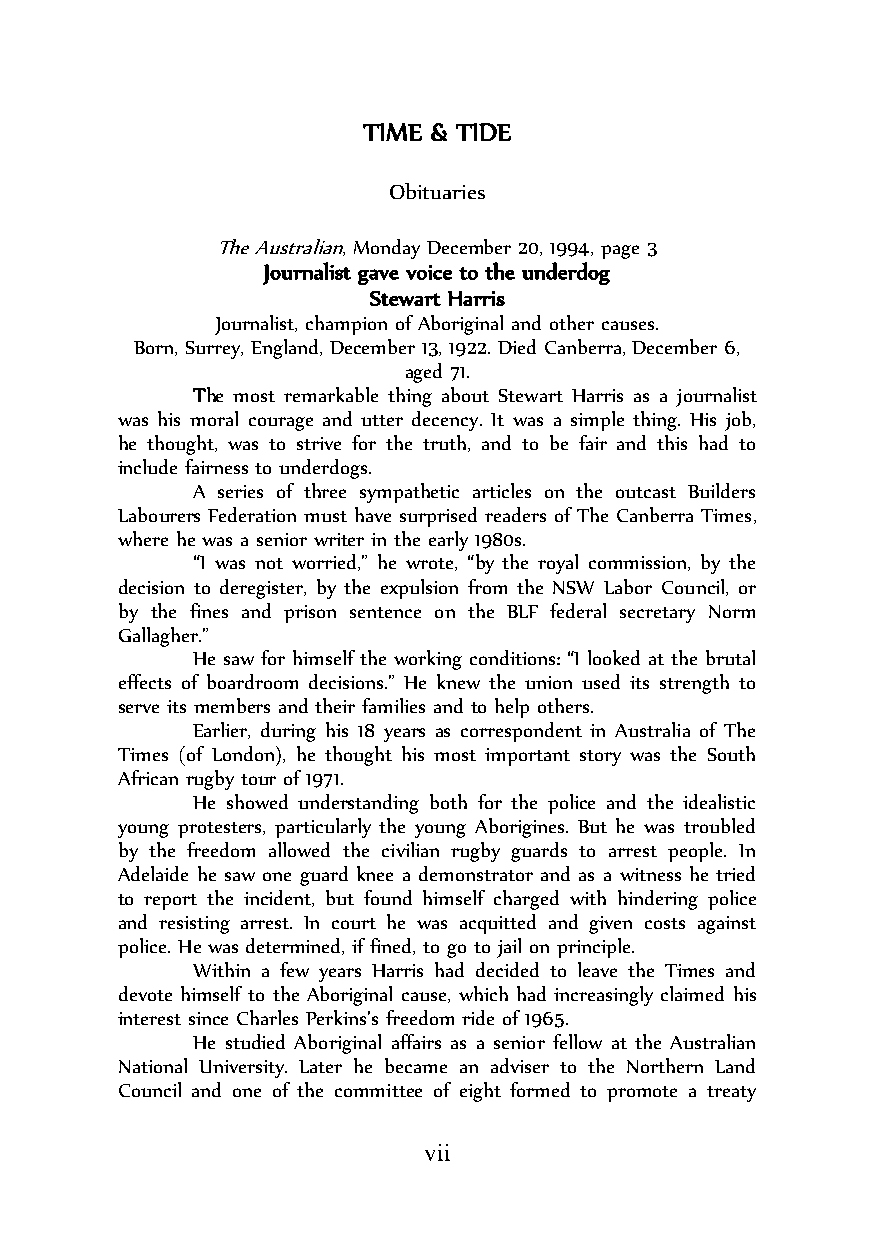
TIME & TIDE
 Obituaries
 The Australian, Monday December 20, 1994, page 3
 Journalist gave voice to the underdog
 Stewart Harris
 Journalist, champion of Aboriginal and other causes.
 Born, Surrey, England, December 13, 1922. Died Canberra, December 6,
 aged 71.
 The most remarkable thing about Stewart Harris as a journalist
 was his moral courage and utter decency. It was a simple thing. His job,
 he thought, was to strive for the truth, and to be fair and this had to
 include fairness to underdogs.
 A series of three sympathetic articles on the outcast Builders
 Labourers Federation must have surprised readers of The Canberra Times,
 where he was a senior writer in the early 1980s.
 “I was not worried,” he wrote, “by the royal commission, by the
 decision to deregister, by the expulsion from the NSW Labor Council, or
 by the fines and prison sentence on the BLF federal secretary Norm
 Gallagher.”
 He saw for himself the working conditions: “I looked at the brutal
 effects of boardroom decisions.” He knew the union used its strength to
 serve its members and their families and to help others.
 Earlier, during his 18 years as correspondent in Australia of The
 Times (of London), he thought his most important story was the South
 African rugby tour of 1971.
 He showed understanding both for the police and the idealistic
 young protesters, particularly the young Aborigines. But he was troubled
 by the freedom allowed the civilian rugby guards to arrest people. In
 Adelaide he saw one guard knee a demonstrator and as a witness he tried
 to report the incident, but found himself charged with hindering police
 and resisting arrest. In court he was acquitted and given costs against
 police. He was determined, if fined, to go to jail on principle.
 Within a few years Harris had decided to leave the Times and
 devote himself to the Aboriginal cause, which had increasingly claimed his
 interest since Charles Perkins’s freedom ride of 1965.
 He studied Aboriginal affairs as a senior fellow at the Australian
 National University. Later he became an adviser to the Northern Land
 Council and one of the committee of eight formed to promote a treaty
 vii